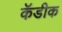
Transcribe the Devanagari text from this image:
कॅडीक